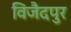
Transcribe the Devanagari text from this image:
विजैदपुर